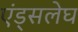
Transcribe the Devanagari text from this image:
एंड्सलेघ